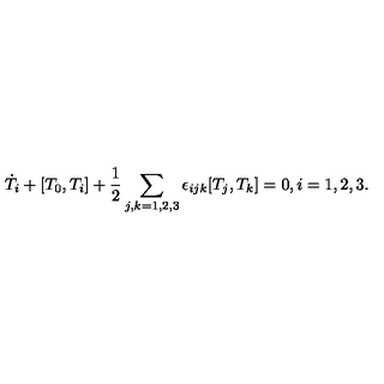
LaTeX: \dot { T } _ { i } + [ T _ { 0 } , T _ { i } ] + \frac { 1 } { 2 } \sum _ { j , k = 1 , 2 , 3 } \epsilon _ { i j k } [ T _ { j } , T _ { k } ] = 0 , i = 1 , 2 , 3 .